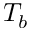
T _ { b }